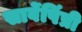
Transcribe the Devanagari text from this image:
सार्वेपिंप्री